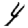
Digit: 4